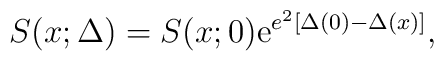
S(x;\Delta) = S(x;0) {\rm e}^{e^2[\Delta(0) - \Delta(x)]},